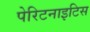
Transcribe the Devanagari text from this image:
पेरिटनाइटिस